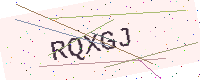
Text: RQXGJ